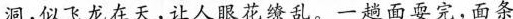
洞，似飞龙在天让人眼花缭乱，一趟面耍完，面条